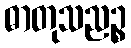
ဓာတုသညဉ္စ